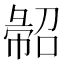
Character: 𢑦